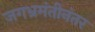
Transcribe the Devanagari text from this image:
जगभ्रमंतीनंतर